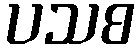
ပသစ